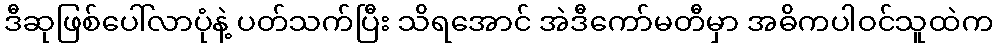
ဒီဆုဖြစ်ပေါ်လာပုံနဲ့ ပတ်သက်ပြီး သိရအောင် အဲဒီကော်မတီမှာ အဓိကပါဝင်သူထဲက